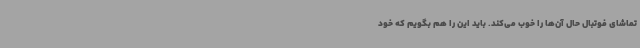
تماشای فوتبال حال آن‌ها را خوب می‌کند. باید این را هم بگویم که خود